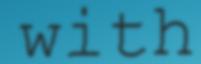
with